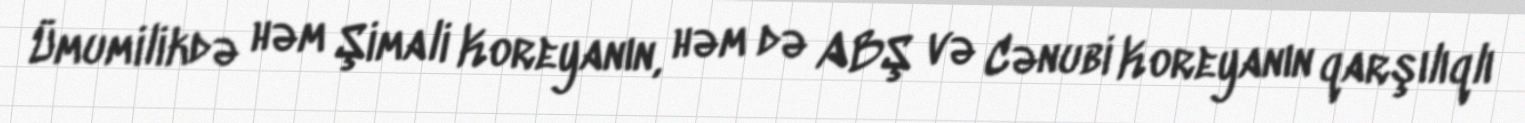
Ümumilikdə həm Şimali Koreyanın, həm də ABŞ və Cənubi Koreyanın qarşılıqlı